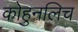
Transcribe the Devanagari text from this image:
कोहुनलिच